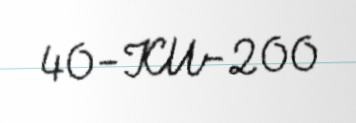
40-KU-200